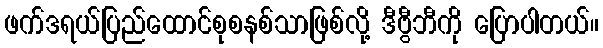
ဖက်ဒရယ်ပြည်ထောင်စုစနစ်သာဖြစ်လို့ ဒီဗွီဘီကို ပြောပါတယ်။